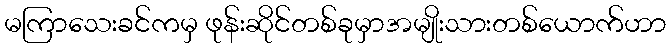
မကြာသေးခင်ကမှ ဖုန်းဆိုင်တစ်ခုမှာအမျိုးသားတစ်ယောက်ဟာ